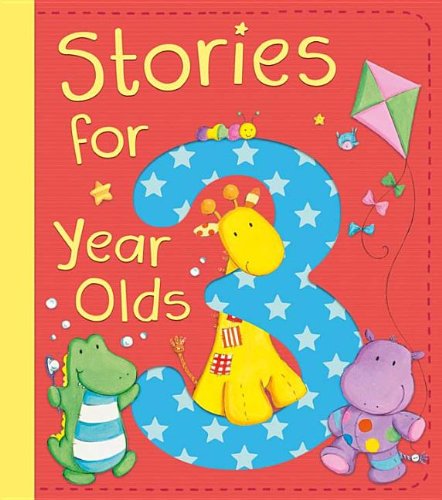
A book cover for Stories for 3 Year Olds; David Bedford; Children's Books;